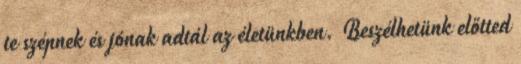
te szépnek és jónak adtál az életünkben. Beszélhetünk előtted